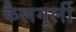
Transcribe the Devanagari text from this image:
कैलगूर्ली